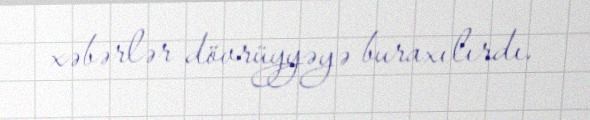
xəbərlər dövrüyyəyə buraxılırdı.